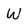
Character: W